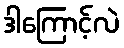
ဒါကြောင့်လဲ